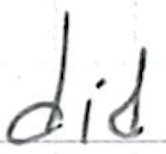
Text: did
Cross-out: clean
Writing tool: ballpoint